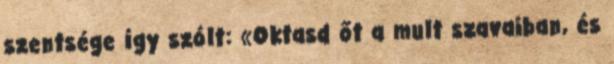
szentsége így szólt: «Oktasd őt a mult szavaiban, és